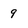
Character: 9